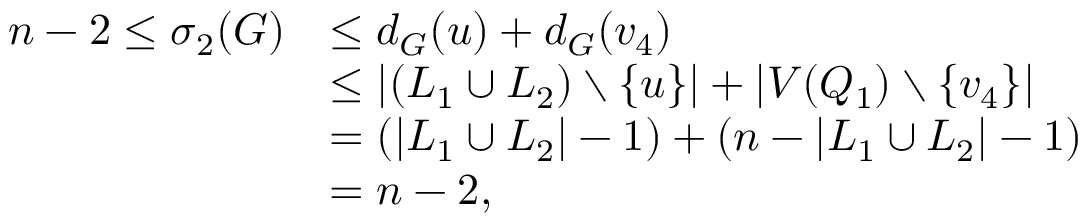
\begin{array} { r l } { n - 2 \leq \sigma _ { 2 } ( G ) } & { \leq d _ { G } ( u ) + d _ { G } ( v _ { 4 } ) } \\ & { \leq | ( L _ { 1 } \cup L _ { 2 } ) \setminus \{ u \} | + | V ( Q _ { 1 } ) \setminus \{ v _ { 4 } \} | } \\ & { = ( | L _ { 1 } \cup L _ { 2 } | - 1 ) + ( n - | L _ { 1 } \cup L _ { 2 } | - 1 ) } \\ & { = n - 2 , } \end{array}